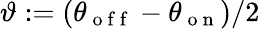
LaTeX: \vartheta:=(\theta_{\mathrm{~o~f~f~}}-\theta_{\mathrm{~o~n~}})/2